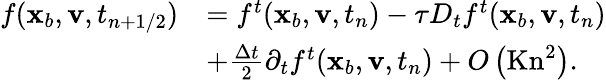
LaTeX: \begin{array}{rl}{f(\mathbf x_{b},\mathbf v,t_{n+1/2})}&{=f^{t}(\mathbf x_{b},\mathbf v,t_{n})-\tau D_{t}f^{t}(\mathbf x_{b},\mathbf v,t_{n})}\\ &{+\frac{\Delta t}{2}\partial_{t}f^{t}(\mathbf x_{b},\mathbf v,t_{n})+O\left(\textrm{Kn}^{2}\right).}\end{array}